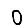
Digit: 0